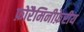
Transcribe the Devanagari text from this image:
फ़ोरैमिनीफ़ेरीय